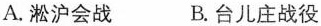
A. 淞沪会战 B. 台儿庄战役